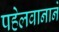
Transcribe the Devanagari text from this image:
पहेलवानाने